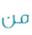
من